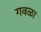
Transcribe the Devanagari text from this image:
गवळा